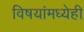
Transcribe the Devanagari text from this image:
विषयांमध्येही